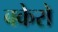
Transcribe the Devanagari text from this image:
बकेरो